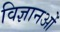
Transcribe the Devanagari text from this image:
विज्ञानओं